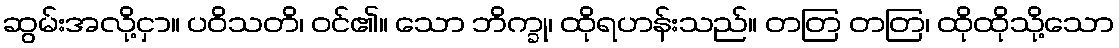
ဆွမ်းအလို့ငှာ။ ပဝိသတိ၊ ဝင်၏။ သော ဘိက္ခု၊ ထိုရဟန်းသည်။ တတြ တတြ၊ ထိုထိုသို့သော